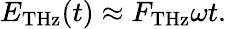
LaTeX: \begin{array}{r}{E_{\mathrm{THz}}(t)\approx F_{\mathrm{THz}}\omega t.}\end{array}